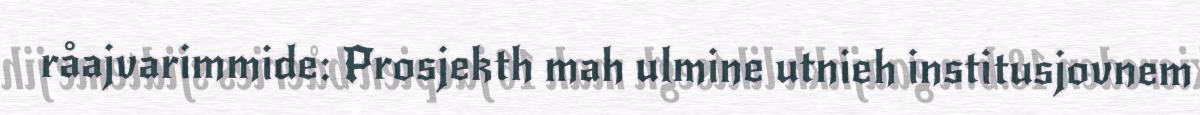
råajvarimmide: Prosjekth mah ulmine utnieh institusjovnem